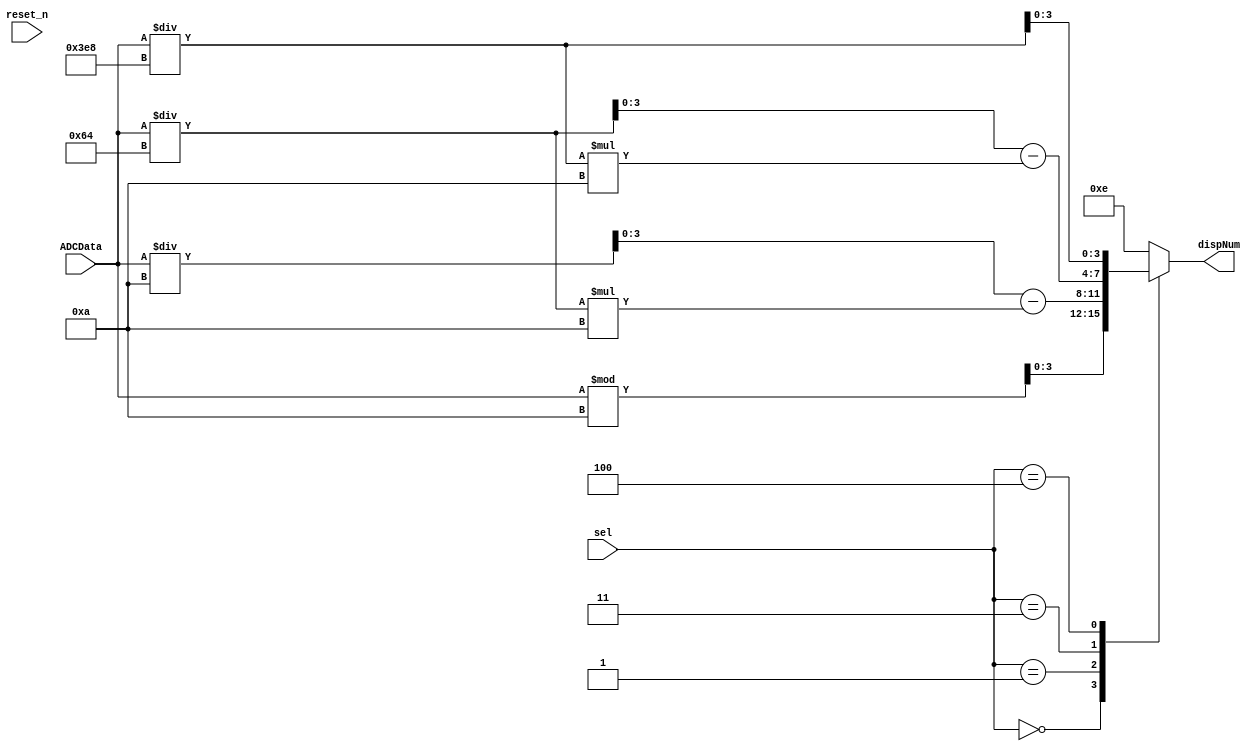
module determineNum(
	input [2:0] sel,
	input [7:0] ADCData,
	input reset_n,
	output reg [3:0] dispNum
	);

	parameter D1 = 3'b000;
	parameter D2 = 3'b001;
	parameter D3 = 3'b011;
	parameter D4 = 3'b100;
	
	
	always @ (*)
		begin
			case(sel)
				D1:		 dispNum = ADCData % 10;
				D2:		 dispNum = ADCData / 10 - (ADCData/100)*10;
				D3: 	 dispNum = ADCData / 100 - (ADCData/1000)*10;
				D4:		 dispNum = ADCData / 1000;
				default: dispNum = 4'b1110;
			endcase
			/*
			case(sel)
				D1:		 dispNum = ADCData - (ADCData/10)*10;
				D2:		 dispNum = ADCData / 10 - (ADCData/100)*10;
				D3: 	 dispNum = ADCData / 100 - (ADCData/1000)*10;
				D4:		 dispNum = ADCData / 1000;
				default: dispNum = 4'b1110;
			endcase
			*/
		end
		
 

endmodule